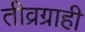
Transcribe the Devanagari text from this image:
तीव्रग्राही